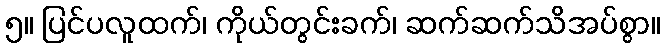
၅။ ပြင်ပလူထက်၊ ကိုယ်တွင်းခက်၊ ဆက်ဆက်သိအပ်စွာ။